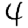
Digit: 4